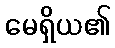
မေရှိယ၏